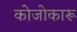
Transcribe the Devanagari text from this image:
कोजोकारू